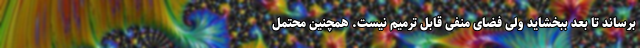
برساند تا بعد ببخشاید ولی فضای منفی قابل ترمیم نیست. همچنین محتمل